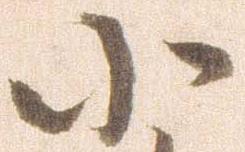
小